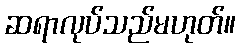
ဆရာလုပ်သည်မဟုတ်။